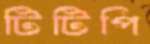
টিটিপি